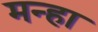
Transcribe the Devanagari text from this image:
मन्हा